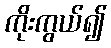
ကိုးကွယ်၍